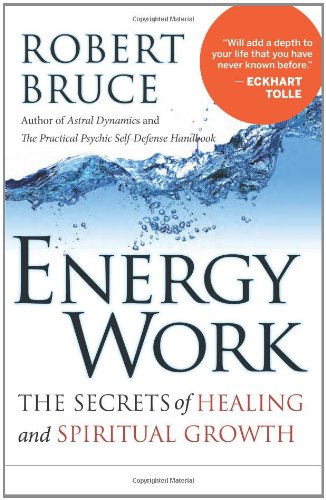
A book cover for Energy Work: The Secrets of Healing and Spiritual Growth; Robert Bruce; Health, Fitness & Dieting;